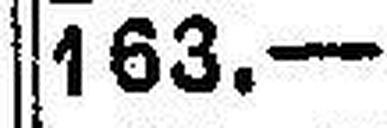
163.—